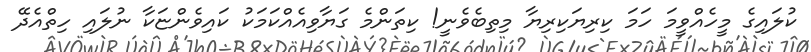
ކުލައިގެ މީހެއްވީމަ ހަމަ ކިރިޔަކިރިޔާ މިތިބެވެނީ! ކިތަންމެ ގަޔާވިއެއްކަމަކު ކައިވެންޏަކާ ނުލައި ހިތްއެދޭ